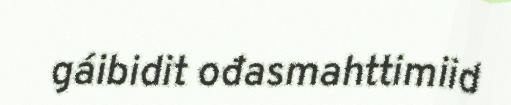
gáibidit ođasmahttimiid